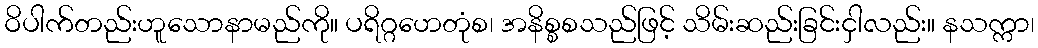
ဝိပါက်တည်းဟူသောနာမည်ကို။ ပရိဂ္ဂဟေတုံစ၊ အနိစ္စစသည်ဖြင့် သိမ်းဆည်းခြင်းငှါလည်း။ နသက္ကာ၊